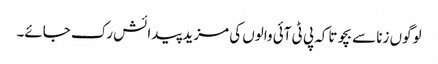
لوگوں زنا سے بچو تاکہ پی ٹی آئی والوں کی مزید پیدائش رک جائے۔